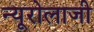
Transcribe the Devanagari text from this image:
न्यूरोलाजी